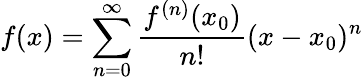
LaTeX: f(x)=\sum_{n=0}^{\infty}\frac{f^{(n)}(x_{0})}{n!}(x-x_{0})^{n}